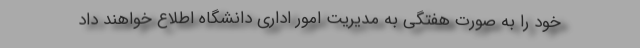
خود را به صورت هفتگی به مدیریت امور اداری دانشگاه اطلاع خواهند داد